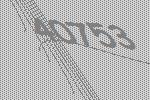
40753